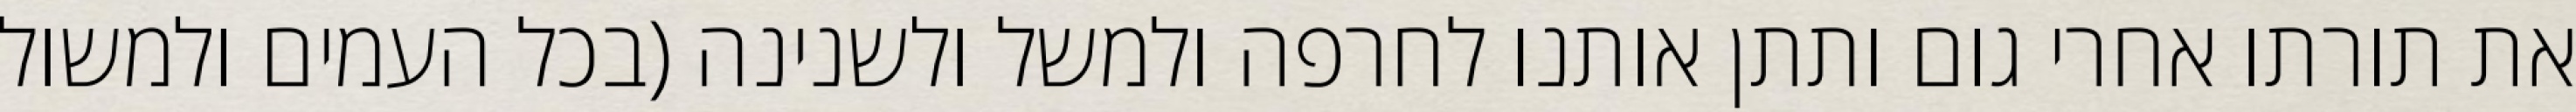
את תורתו אחרי גום ותתן אותנו לחרפה ולמשל ולשנינה (בכל העמים ולמשול